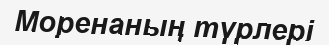
Моренаның түрлері